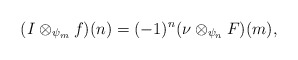
\begin{align*} (I\otimes_{\psi_m} f)(n)=(-1)^n(\nu\otimes_{\psi_n} F)(m),\end{align*}